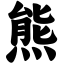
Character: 熊